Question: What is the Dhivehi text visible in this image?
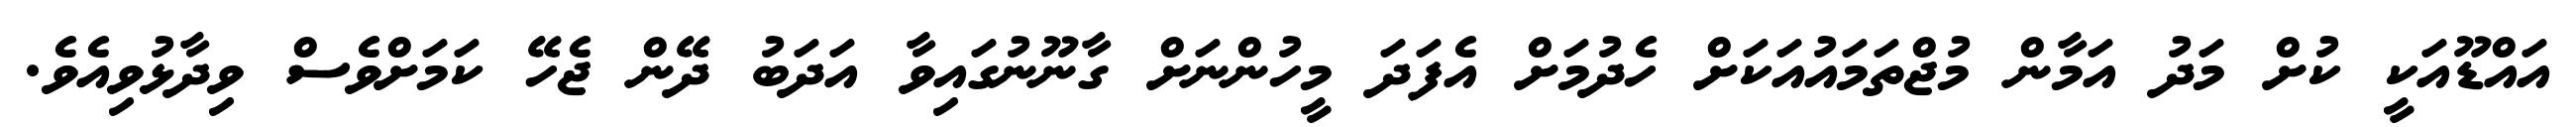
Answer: އައްޑޫއަކީ ކުށް މަދު އަމާން މުޖްތަމައުއަކަށް ހެދުމަށް އެފަދަ މީހުންނަށް ގާނޫނުގައިވާ އަދަބު ދޭން ޖެހޭ ކަމަށްވެސް ވިދާޅުވިއެވެ.